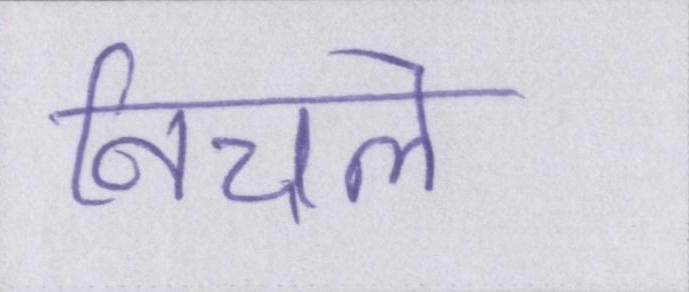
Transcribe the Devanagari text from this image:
निचले